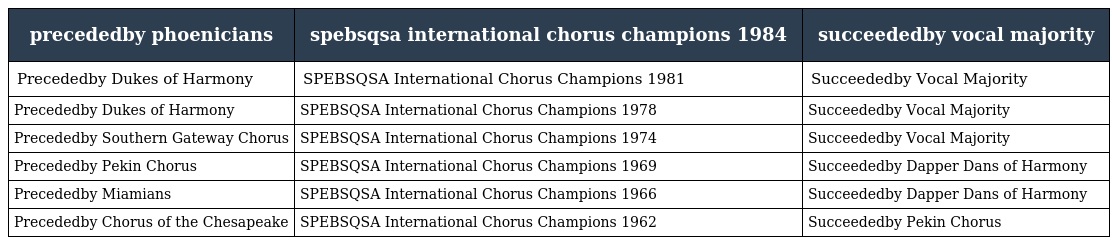
| precededby phoenicians | spebsqsa international chorus champions 1984 | succeededby vocal majority |
 | --- | --- | --- |
 | Precededby Dukes of Harmony | SPEBSQSA International Chorus Champions 1981 | Succeededby Vocal Majority |
 | Precededby Dukes of Harmony | SPEBSQSA International Chorus Champions 1978 | Succeededby Vocal Majority |
 | Precededby Southern Gateway Chorus | SPEBSQSA International Chorus Champions 1974 | Succeededby Vocal Majority |
 | Precededby Pekin Chorus | SPEBSQSA International Chorus Champions 1969 | Succeededby Dapper Dans of Harmony |
 | Precededby Miamians | SPEBSQSA International Chorus Champions 1966 | Succeededby Dapper Dans of Harmony |
 | Precededby Chorus of the Chesapeake | SPEBSQSA International Chorus Champions 1962 | Succeededby Pekin Chorus |